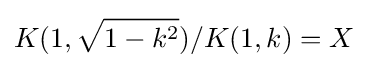
K(1,{\sqrt {1-k^{2}}})/K(1,k)=X